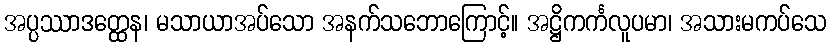
အပ္ပဿာဒတ္ထေန၊ မသာယာအပ်သော အနက်သဘောကြောင့်။ အဋ္ဌိကင်္ကလူပမာ၊ အသားမကပ်သေ